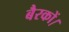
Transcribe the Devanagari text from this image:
बैरकों।